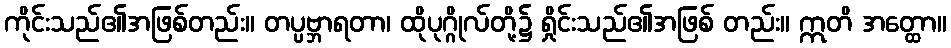
ကိုင်းသည်၏အဖြစ်တည်း။ တပ္ပဗ္ဘာရတာ၊ ထိုပုဂ္ဂိုလ်တို့၌ ရှိုင်းသည်၏အဖြစ် တည်း။ ဣတိ အတ္ထော။